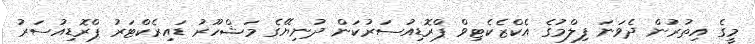
މީގެ އިތުރުން ދެވަނަ ފިލްމުގެ އެކްޒެކެޓިވް ޕްރޮޑިއުސަރުކަން ދުނިިޔޭގެ މަޝްހޫރު ޑައިރެކްޓަރު ޕްރޮޑިއުސަރު